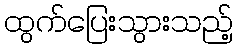
ထွက်ပြေးသွားသည့်